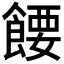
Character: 𬲘